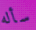
سأله